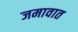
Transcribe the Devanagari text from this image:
जमावात